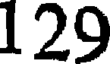
129